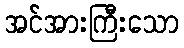
အင်အားကြီးသော